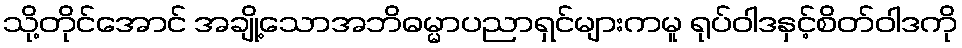
သို့တိုင်အောင် အချို့သောအဘိဓမ္မာပညာရှင်များကမူ ရုပ်ဝါဒနှင့်စိတ်ဝါဒကို